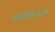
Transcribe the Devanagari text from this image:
एक्रोसेराइडी